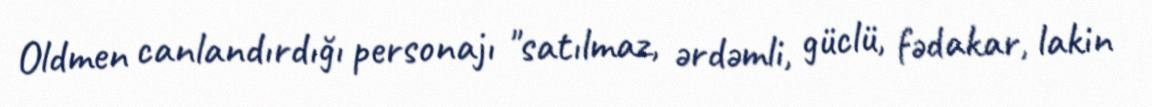
Oldmen canlandırdığı personajı "satılmaz, ərdəmli, güclü, fədakar, lakin